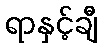
ရာနှင့်ချီ